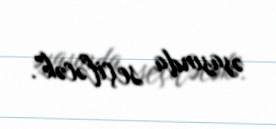
əsasında seçiləcək".